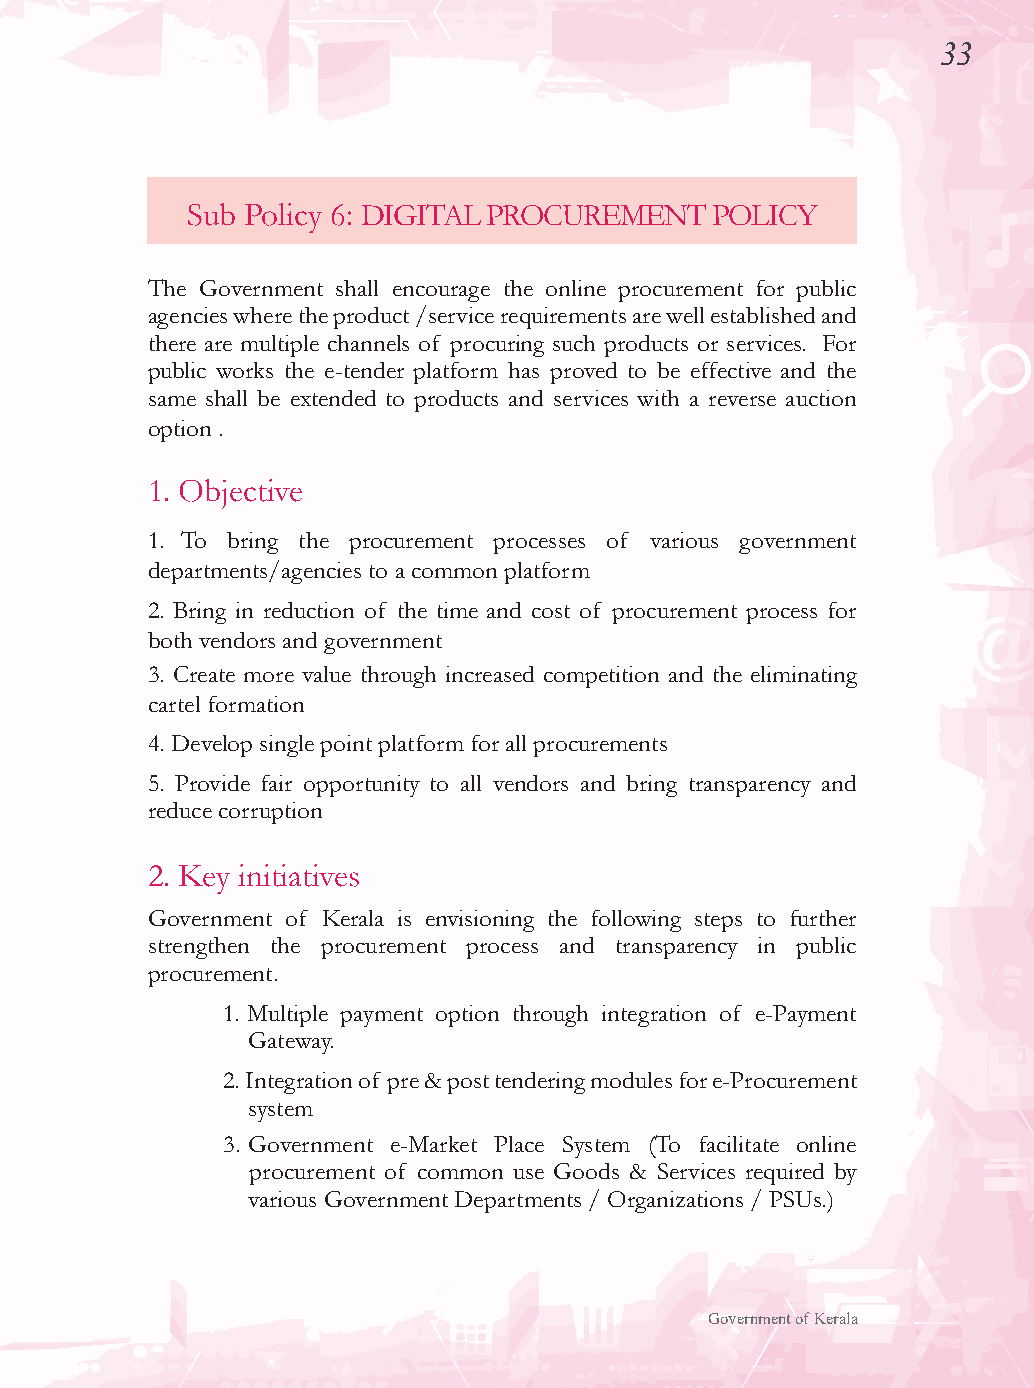
33
 Sub Policy 6: DIGITAL PROCUREMENT  POLICY
 The Government shall encourage the online procurement for public
 agencies where the product /service requirements are well established and
 there are multiple channels of procuring such products or services. For
 public works the e-tender platform has proved to be effective and the
 same shall be extended to products and services with a reverse auction
 option .
 1. Objective
 1. To bring the procurement processes of various government
 departments/agencies to a common platform
 2. Bring in reduction of the time and cost of procurement process for
 both vendors and government
 3. Create more value through increased competition and the eliminating
 cartel formation
 4. Develop single point platform for all procurements
 5. Provide fair opportunity to all vendors and bring transparency and
 reduce corruption
 2. Key initiatives
 Government of Kerala is envisioning the following steps to further
 strengthen the procurement process and transparency in public
 procurement.
 1. Multiple payment option through integration of e-Payment
 Gateway.
 2. Integration of pre & post tendering modules for e-Procurement
 system
 3. Government e-Market Place System (To facilitate online
 procurement of common use Goods & Services required by
 various Government Departments / Organizations / PSUs.)
 Government of Kerala